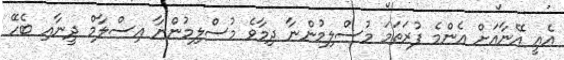
އެއީ އޭނާއަށް އެންމެ ފުރަތަމަ މުސްލިމުންނާ ދިމާވެ މުސްލިމުންނާ އިސްލާމް ދީނާއި ބެހޭ